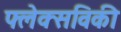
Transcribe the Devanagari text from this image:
फ्लेक्सविकी